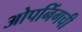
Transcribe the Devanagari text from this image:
ओपनिंगची